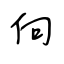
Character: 向